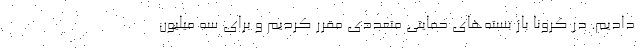
دادیم. در کرونا باز بسته‌های حمایتی متعددی مقرر کردیم و برای سه میلیون